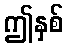
ဤနှစ်